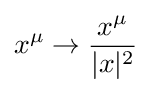
x^{\mu }\rightarrow {\frac {x^{\mu }}{|x|^{2}}}